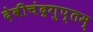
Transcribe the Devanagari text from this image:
देवीचंद्रगुप्तम्‌